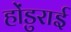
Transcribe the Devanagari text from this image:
होंडुराई